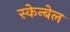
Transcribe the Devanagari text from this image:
स्केन्बेल